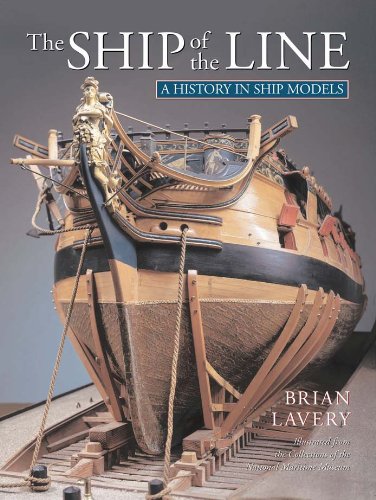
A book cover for The Ship of the Line (A History in Ship Models); Brian Lavery; Arts & Photography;